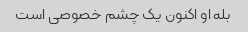
بله او اکنون یک چشم خصوصی است